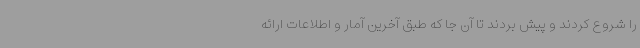
را شروع کردند و پیش بردند تا آن جا که طبق آخرین آمار و اطلاعات ارائه